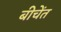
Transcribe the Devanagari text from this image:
बीचेंत